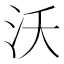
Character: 沃